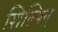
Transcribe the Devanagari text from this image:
शिल्पिन्